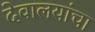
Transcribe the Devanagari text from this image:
देवालयांचा